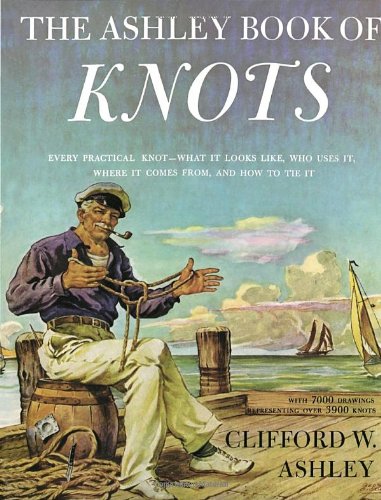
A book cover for The Ashley Book of Knots; Clifford W. Ashley; Engineering & Transportation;